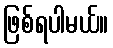
ဖြစ်ရပါမယ်။